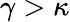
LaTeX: \gamma>\kappa